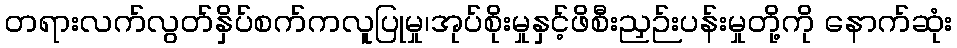
တရားလက်လွတ်နှိပ်စက်ကလူပြုမှု၊အုပ်စိုးမှုနှင့်ဖိစီးညှဉ်းပန်းမှုတို့ကို နောက်ဆုံး